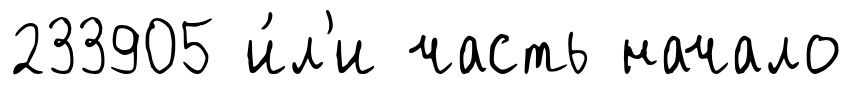
233905 и́л'и часть начало